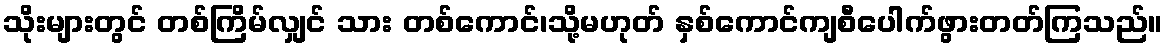
သိုးများတွင် တစ်ကြိမ်လျှင် သား တစ်ကောင်၊သို့မဟုတ် နှစ်ကောင်ကျစီပေါက်ဖွားတတ်ကြသည်။